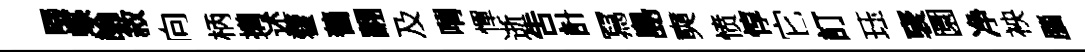
啜蝶論敘向柄搆述藿蓍翿及喟憚逝吿計冩島奭愤惇它訂珏裦園净䘧腦